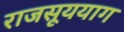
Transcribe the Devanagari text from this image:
राजसूययाग